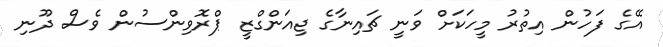
އޭގެ ފަހުން އިތުރު މީހަކަށް ވަނީ ޗައިނާގެ ޖިއަންގްޒީ ޕްރޮވިންސުން ވެސް ދޫނި